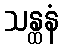
သန္ထနံ